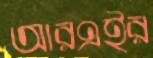
আরএইর